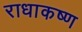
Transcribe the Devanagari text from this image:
राधाकष्‍ण